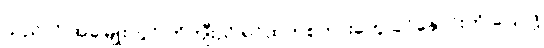
သည်လို အခါမျိုးတွင် ကိုကျီးညိုရင်ထဲကစကားတွေ ခင်နှောင်းကို ပြောဖို့